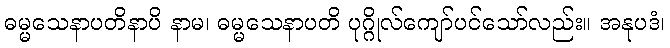
ဓမ္မသေနာပတိနာပိ နာမ၊ ဓမ္မသေနာပတိ ပုဂ္ဂိုလ်ကျော်ပင်သော်လည်း။ အနုပဒံ၊